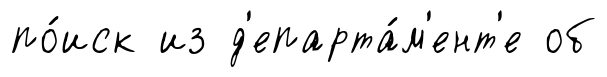
по́иск из д'епарта́м'ент'е об